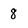
Character: 8